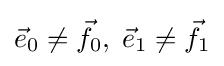
{\vec {e}}_{0}\neq {\vec {f}}_{0},\;{\vec {e}}_{1}\neq {\vec {f}}_{1}